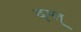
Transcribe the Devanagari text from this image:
द्ग्ल्